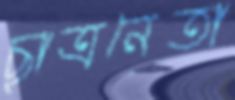
ছাত্রনেতা